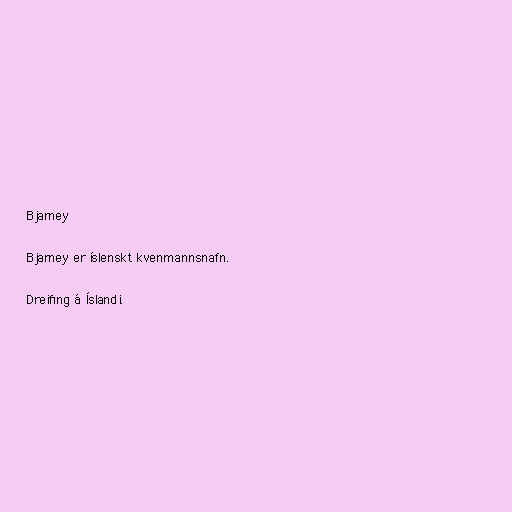
Bjarney

Bjarney er íslenskt kvenmannsnafn.

Dreifing á Íslandi.